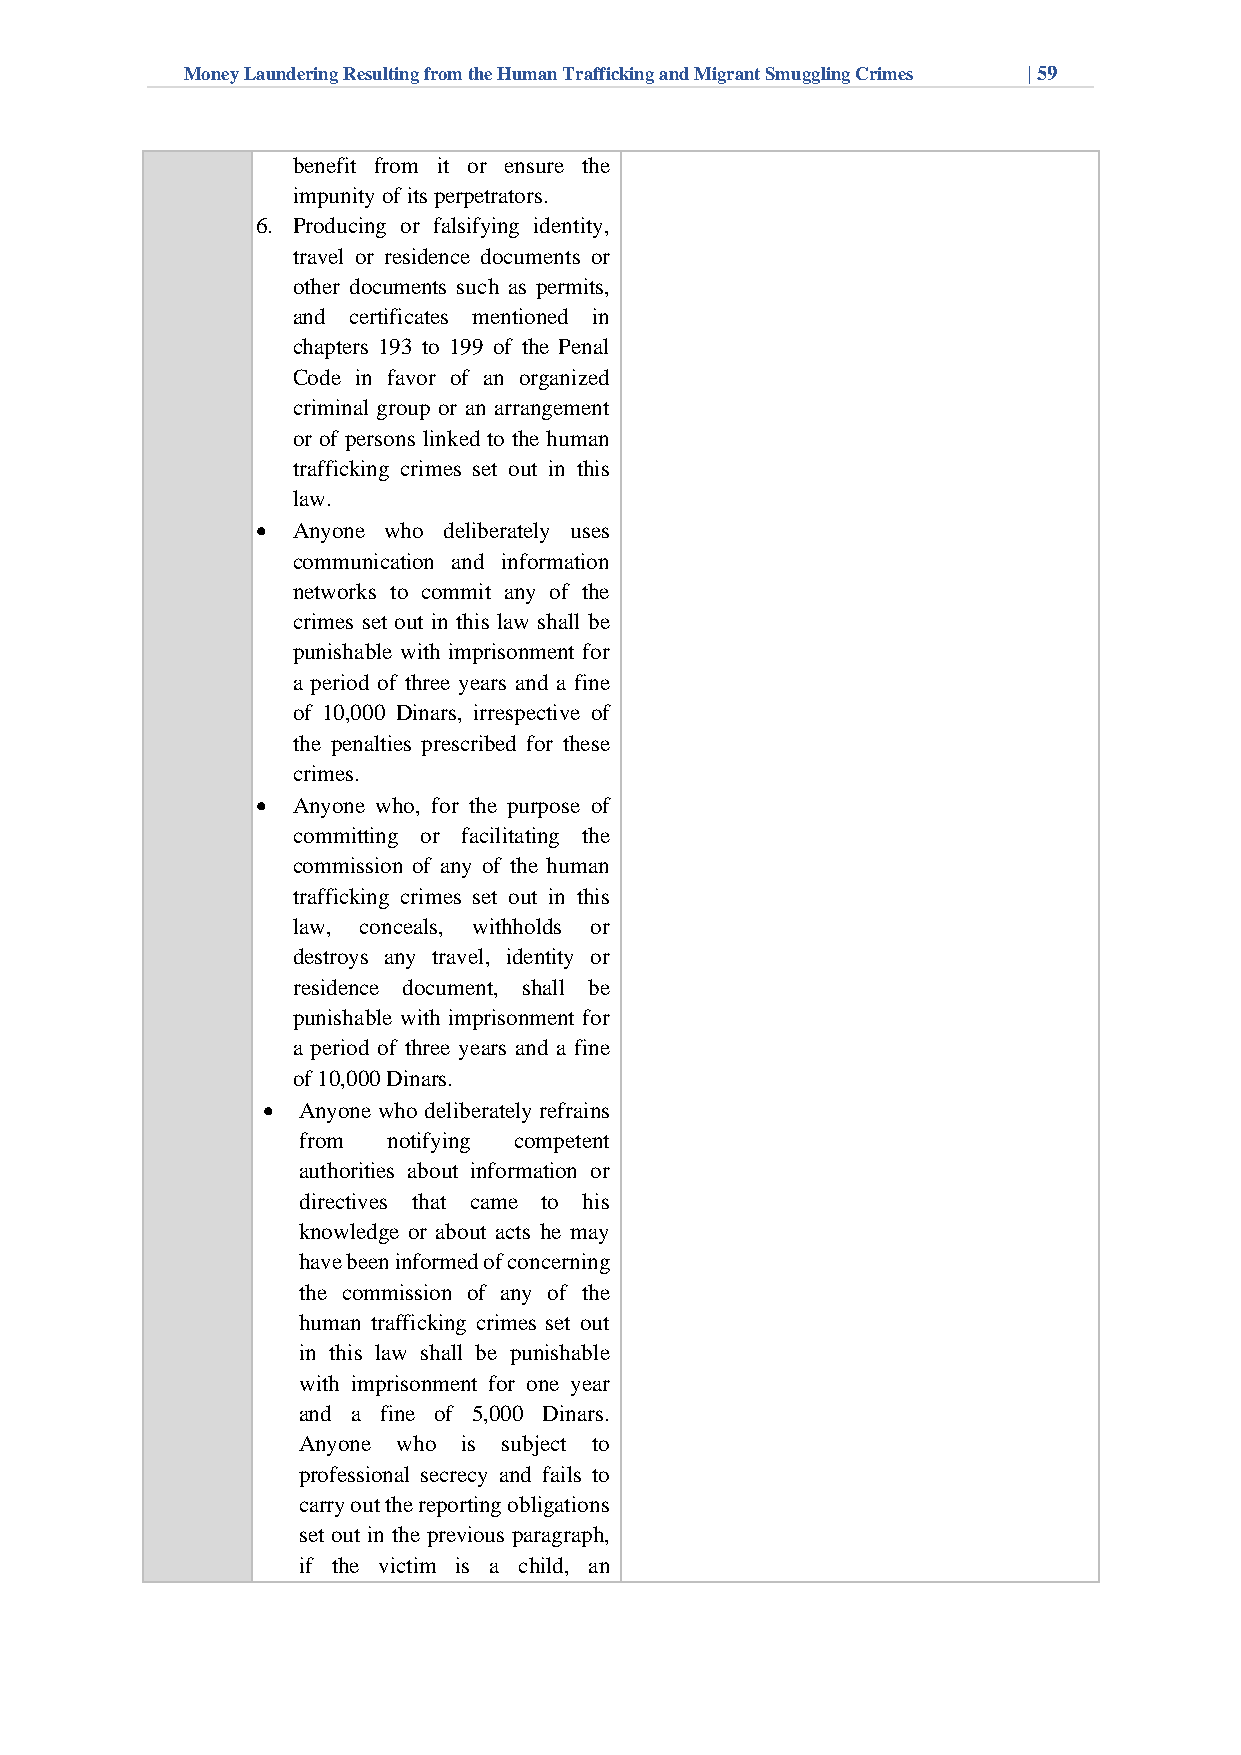
Money Laundering Resulting from the Human Trafficking and Migrant Smuggling Crimes | 59
 benefit from it or ensure the
 impunity of its perpetrators.
 6. Producing or falsifying identity,
 travel or residence documents or
 other documents such as permits,
 and certificates mentioned in
 chapters 193 to 199 of the Penal
 Code in favor of an organized
 criminal group or an arrangement
 or of persons linked to the human
 trafficking crimes set out in this
 law.
 • Anyone who deliberately uses
 communication and information
 networks to commit any of the
 crimes set out in this law shall be
 punishable with imprisonment for
 a period of three years and a fine
 of 10,000 Dinars, irrespective of
 the penalties prescribed for these
 crimes.
 • Anyone who, for the purpose of
 committing or facilitating the
 commission of any of the human
 trafficking crimes set out in this
 law, conceals, withholds or
 destroys any travel, identity or
 residence document, shall be
 punishable with imprisonment for
 a period of three years and a fine
 of 10,000 Dinars.
 •  Anyone who deliberately refrains
 from  notifying competent
 authorities about information or
 directives that came to his
 knowledge or about acts he may
 have been informed of concerning
 the commission of any of the
 human trafficking crimes set out
 in this law shall be punishable
 with imprisonment for one year
 and a fine of 5,000 Dinars.
 Anyone who is subject to
 professional secrecy and fails to
 carry out the reporting obligations
 set out in the previous paragraph,
 if the victim is a child, an